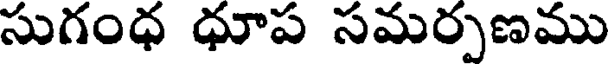
సుగంధ ధూప సమర్పణము